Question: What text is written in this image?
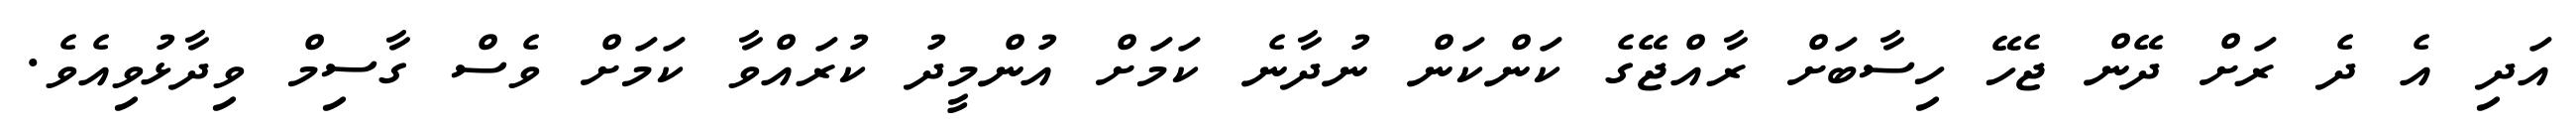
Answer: އަދި އެ ދެ ރަށް ދޭން ޖެހޭ ހިސާބަށް ރާއްޖޭގެ ކަންކަން ނުދާނެ ކަމަށް އުންމީދު ކުރައްވާ ކަމަށް ވެސް ގާސިމް ވިދާޅުވިއެވެ.